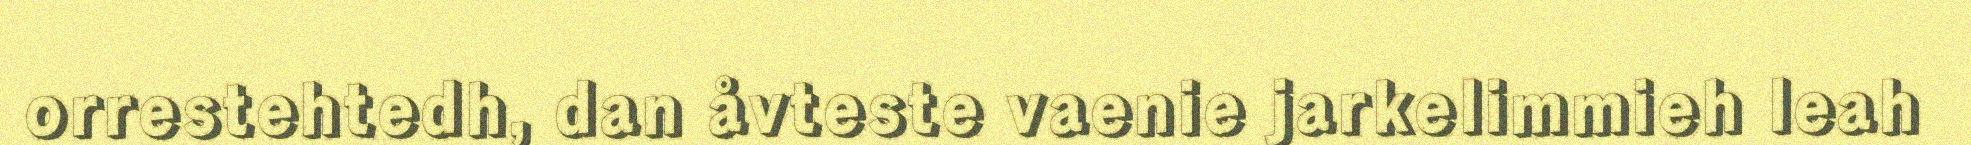
orrestehtedh, dan åvteste vaenie jarkelimmieh leah